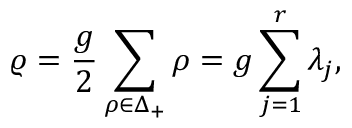
\varrho = { \frac { g } { 2 } } \sum _ { \rho \in { \Delta _ { + } } } \rho = g \sum _ { j = 1 } ^ { r } \lambda _ { j } ,